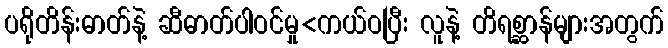
ပရိုတိန်းဓာတ်နဲ့ ဆီဓာတ်ပါဝင်မှု<ကယ်ဝပြီး လူနဲ့ တိရစ္ဆာန်များအတွက်